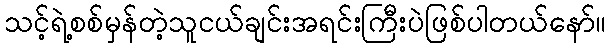
သင့်ရဲ့စစ်မှန်တဲ့သူငယ်ချင်းအရင်းကြီးပဲဖြစ်ပါတယ်နော်။